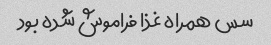
سس همراه غذا فراموش شده بود